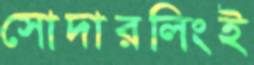
সোদারলিংই